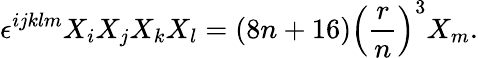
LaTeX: \epsilon^{ijklm}X_{i}X_{j}X_{k}X_{l}=(8n+16)\left(\frac{r}{n}\right)^{3}X_{m}.